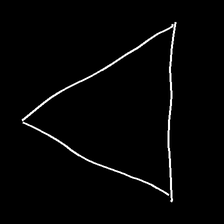
Glyph: convergence